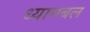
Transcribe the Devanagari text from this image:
ध्यानबल